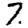
Digit: 7